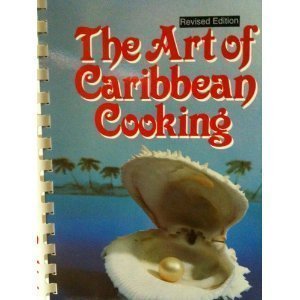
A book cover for The Art of Caribbean Cooking; Yolande Cools-Lartigue; Cookbooks, Food & Wine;